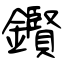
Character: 鑦